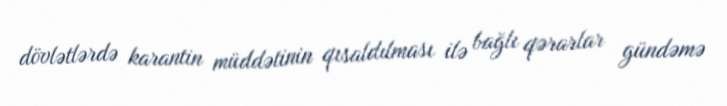
dövlətlərdə karantin müddətinin qısaldılması ilə bağlı qərarlar gündəmə